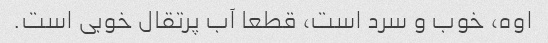
اوه، خوب و سرد است، قطعا آب پرتقال خوبی است.